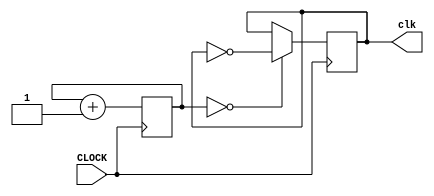
`timescale 1ns / 1ps
//////////////////////////////////////////////////////////////////////////////////
// Company: 
// Engineer: 
// 
// Design Name: 
// Module Name: slow_clk
// Project Name: 
// Target Devices: 
// Tool Versions: 
// Description: 
// 
// Dependencies: 
// 
// Revision:
// Revision 0.01 - File Created
// Additional Comments:
// 
//////////////////////////////////////////////////////////////////////////////////


module sp_clk(input CLOCK, output reg clk = 0 );

reg [22:0] COUNT = 23'b0; // not for frequency of 6Hz

always @ (posedge CLOCK) begin
  COUNT <= COUNT + 1;
  if(COUNT == 24'b0)
  begin
    clk <= ~clk;
  end
end

endmodule